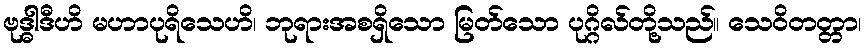
ဗုဒ္ဓါဒီဟိ မဟာပုရိသေဟိ၊ ဘုရားအစရှိသော မြတ်သော ပုဂ္ဂိလ်တို့သည်။ သေဝိတတ္တာ၊